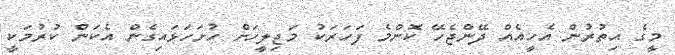
މީގެ އިތުރުން އެހީއެއް ދޭންޖެހޭ ކޮންމެ ފަހަރަކު މަޖިލީހަށް ހުށަހަޅައިގެން އެކަން ކުރުމަކީ